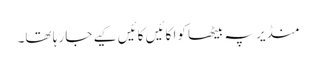
منڈیر پہ بیٹھا کوا کائیں کائیں کیے جا رہا تھا۔